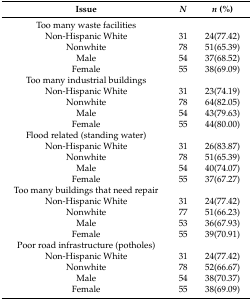
<table><thead><tr><td><b>Issue</b></td><td><b><i>N</i></b></td><td><b><i>n</i> (%)</b></td></tr></thead><tbody><tr><td>Too many waste facilities</td><td></td><td></td></tr><tr><td>Non-Hispanic White</td><td>31</td><td>24(77.42)</td></tr><tr><td>Nonwhite</td><td>78</td><td>51(65.39)</td></tr><tr><td>Male</td><td>54</td><td>37(68.52)</td></tr><tr><td>Female</td><td>55</td><td>38(69.09)</td></tr><tr><td>Too many industrial buildings</td><td></td><td></td></tr><tr><td>Non-Hispanic White</td><td>31</td><td>23(74.19)</td></tr><tr><td>Nonwhite</td><td>78</td><td>64(82.05)</td></tr><tr><td>Male</td><td>54</td><td>43(79.63)</td></tr><tr><td>Female</td><td>55</td><td>44(80.00)</td></tr><tr><td>Flood related (standing water)</td><td></td><td></td></tr><tr><td>Non-Hispanic White</td><td>31</td><td>26(83.87)</td></tr><tr><td>Nonwhite</td><td>78</td><td>51(65.39)</td></tr><tr><td>Male</td><td>54</td><td>40(74.07)</td></tr><tr><td>Female</td><td>55</td><td>37(67.27)</td></tr><tr><td>Too many buildings that need repair</td><td></td><td></td></tr><tr><td>Non-Hispanic White</td><td>31</td><td>24(77.42)</td></tr><tr><td>Nonwhite</td><td>77</td><td>51(66.23)</td></tr><tr><td>Male</td><td>53</td><td>36(67.93)</td></tr><tr><td>Female</td><td>55</td><td>39(70.91)</td></tr><tr><td>Poor road infrastructure (potholes)</td><td></td><td></td></tr><tr><td>Non-Hispanic White</td><td>31</td><td>24(77.42)</td></tr><tr><td>Nonwhite</td><td>78</td><td>52(66.67)</td></tr><tr><td>Male</td><td>54</td><td>38(70.37)</td></tr><tr><td>Female</td><td>55</td><td>38(69.09)</td></tr></tbody></table>